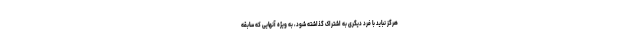
هرگز نباید با فرد دیگری به اشتراک گذاشته شود، به ویژه آنهایی که سابقه